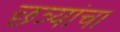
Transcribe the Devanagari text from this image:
छत्र्यांचा